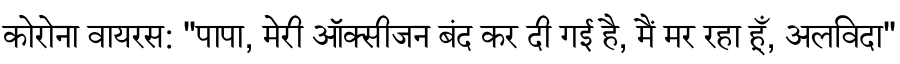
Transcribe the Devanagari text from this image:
कोरोना वायरस: "पापा, मेरी ऑक्सीजन बंद कर दी गई है, मैं मर रहा हूँ, अलविदा"